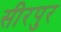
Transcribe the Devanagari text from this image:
सीरपुर